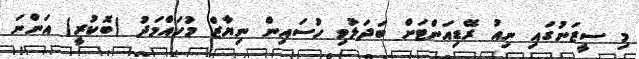
މި ސީޒަނުގައި ނިއު ރޭޑިއަންޓަށް ބަދަލުވި ހުސައިން ނިޔާޒް މުހައްމަދު (ބޮކުރީ) އަންނަ